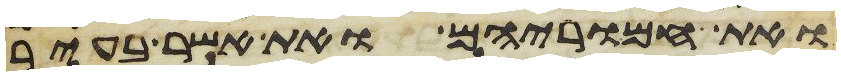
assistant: ואת חמריהם ואת אשר בעיר